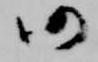
仍